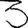
Digit: 3